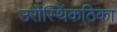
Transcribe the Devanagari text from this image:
उरोस्थिंकठिका